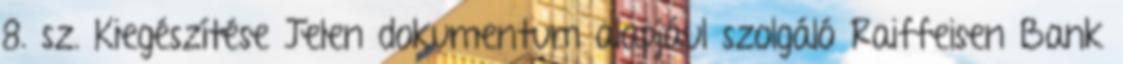
8. sz. Kiegészítése Jelen dokumentum alapjául szolgáló Raiffeisen Bank